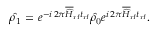
\hat { \rho _ { 1 } } ~ { = } ~ e ^ { - i \, 2 \pi \overline { { \widehat { H } } } _ { \mathrm { r f } } t _ { \mathrm { r f } } } \hat { \rho _ { \mathrm { 0 } } } e ^ { i \, 2 \pi \overline { { \widehat { H } } } _ { \mathrm { r f } } t _ { \mathrm { r f } } } .